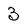
Character: 3